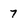
Character: 7